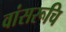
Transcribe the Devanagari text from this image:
वांसरूचि